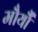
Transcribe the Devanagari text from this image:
मौर्यौं